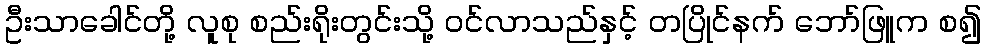
ဦးသာခေါင်တို့ လူစု စည်းရိုးတွင်းသို့ ဝင်လာသည်နှင့် တပြိုင်နက် ဘော်ဖြူက စ၍